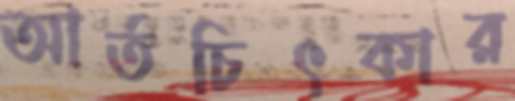
আর্তচিৎকার